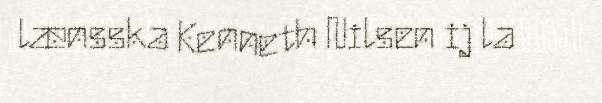
lænsska Kenneth Nilsen ij la